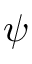
\psi